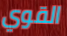
القوي